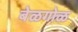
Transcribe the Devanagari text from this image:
बेळगोळ